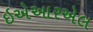
ઇએઆરએલ